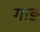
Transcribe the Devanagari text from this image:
गाङ